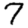
Digit: 7